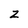
Character: Z